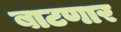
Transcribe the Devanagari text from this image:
बाटणार